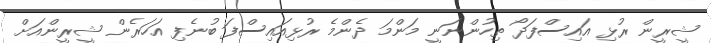
ޝީރީން ރުޅި އައިސްފަދޯ ތިހުންނަނީ މަންމަ ދެންމެ ރުޅިއައިސްފަ ބުނެފި އަހަރެން ޝީރީންއަށް